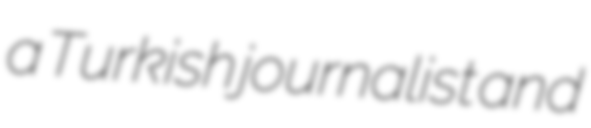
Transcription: a Turkish journalist and